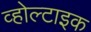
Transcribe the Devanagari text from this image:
व्होल्टाइक